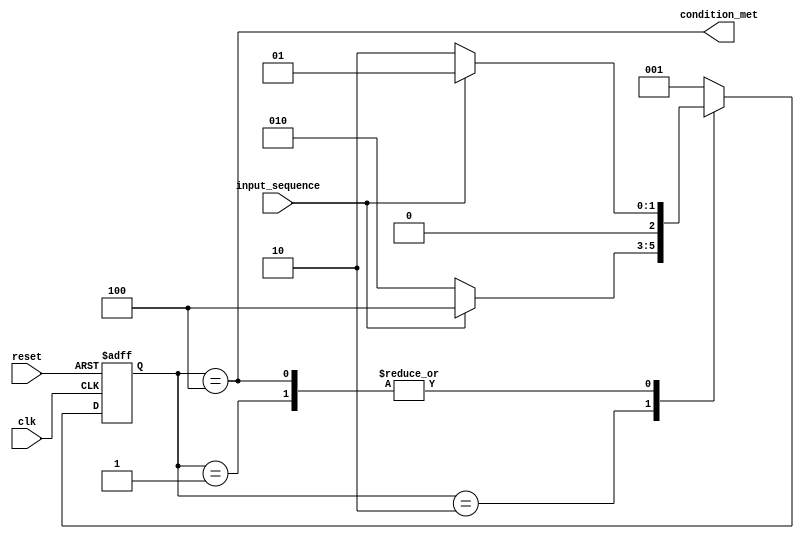
// This program was cloned from: https://github.com/alexpaniman/drec-fpga-intro
// License: GNU General Public License v2.0

module dfa_two_last_bits_are_01(input clk, input reset, input input_sequence, output condition_met);
   parameter S0 = 3'b001, S1 = 3'b010, S2 = 3'b100;

   reg [2:0] state = S0;
   reg [2:0] next_state;
   always @(negedge clk, posedge reset)
     if (reset) state <= S0;
     else       state <= next_state;

   always @(*)
     case (state)
       S0: if (input_sequence) next_state <= S0;
           else                next_state <= S1;
       S1: if (input_sequence) next_state <= S2;
           else                next_state <= S1;
       S2: if (input_sequence) next_state <= S0;
           else                next_state <= S1;

       // Just to prevent latch generation
       default:                next_state <= S0;
     endcase

   assign condition_met = state == S2;
endmodule